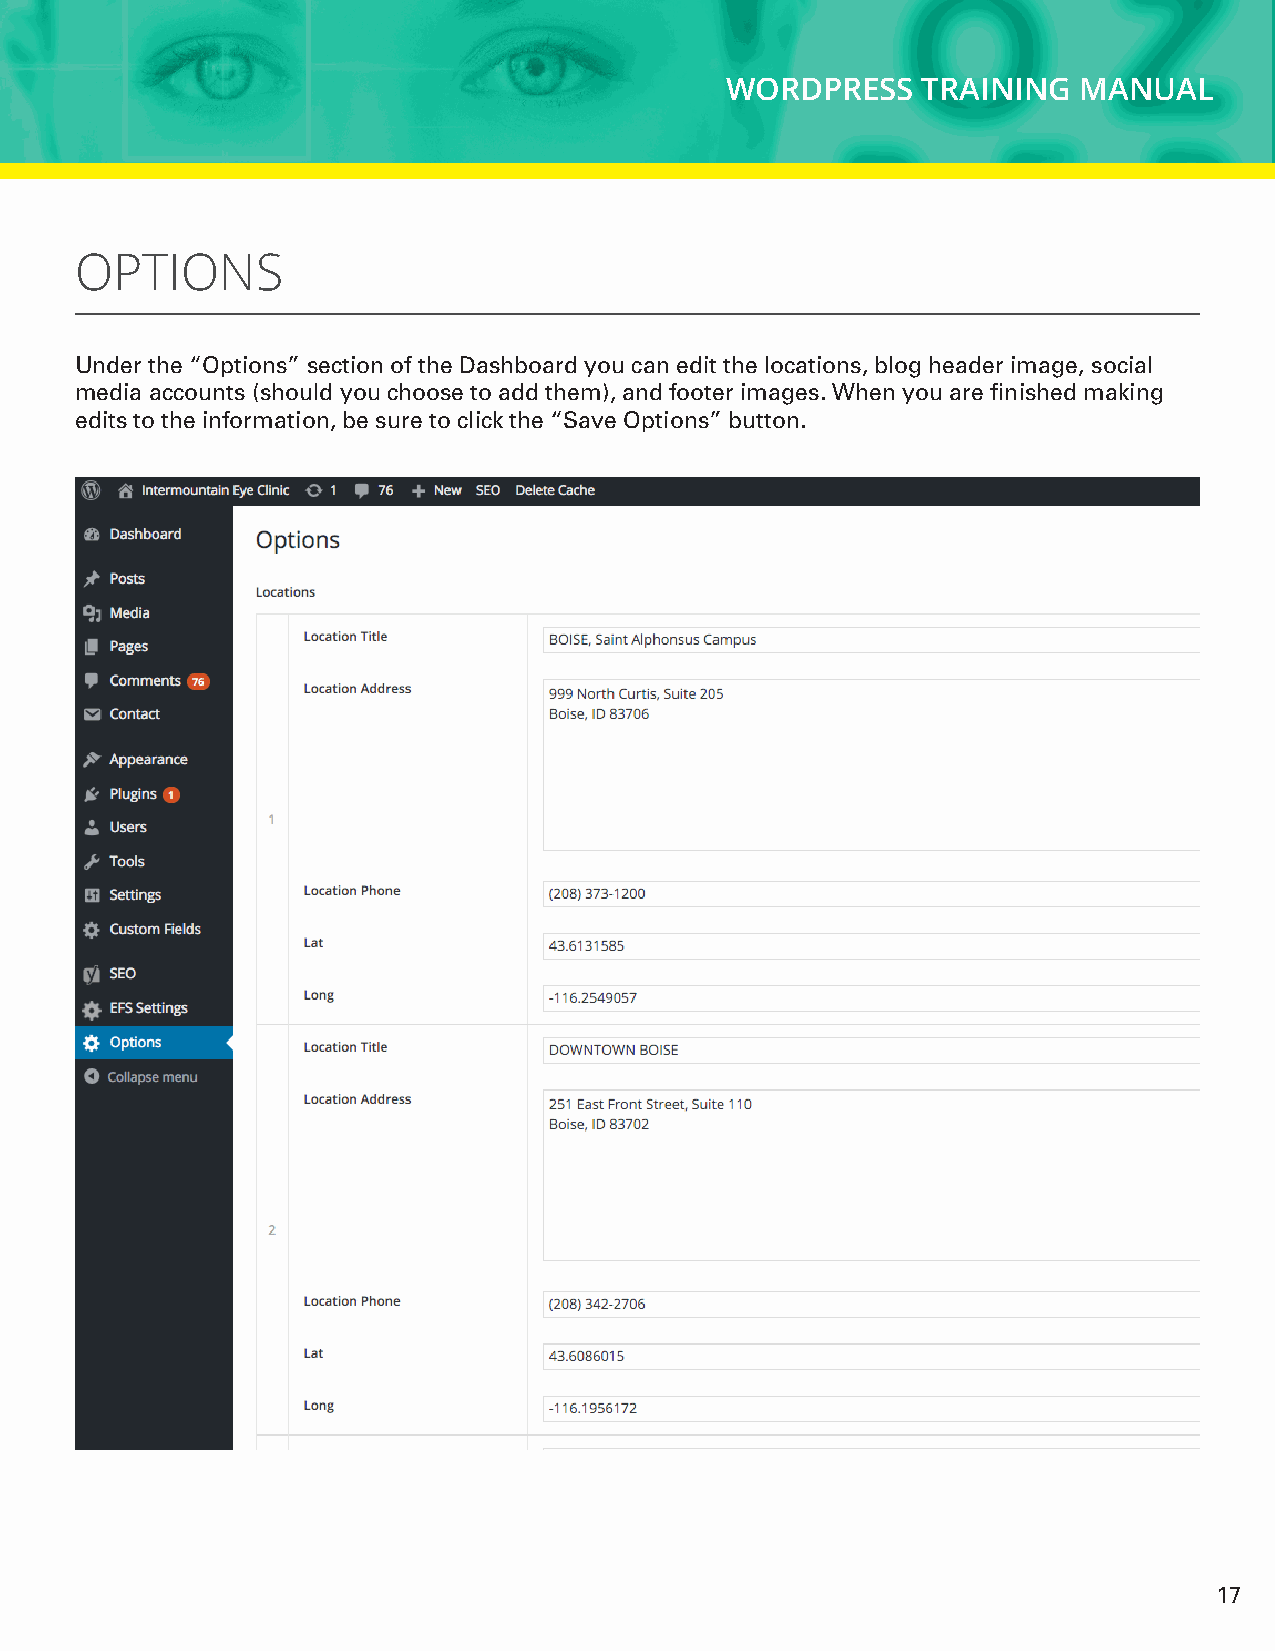
WORDPRESS    TRAINING  MANUAL
 OPTIONS
 Under the “Options” section of the Dashboard you can edit the locations, blog header image, social
 media accounts (should you choose to add them), and footer images. When you are finished making
 edits to the information, be sure to click the “Save Options” button.
 17